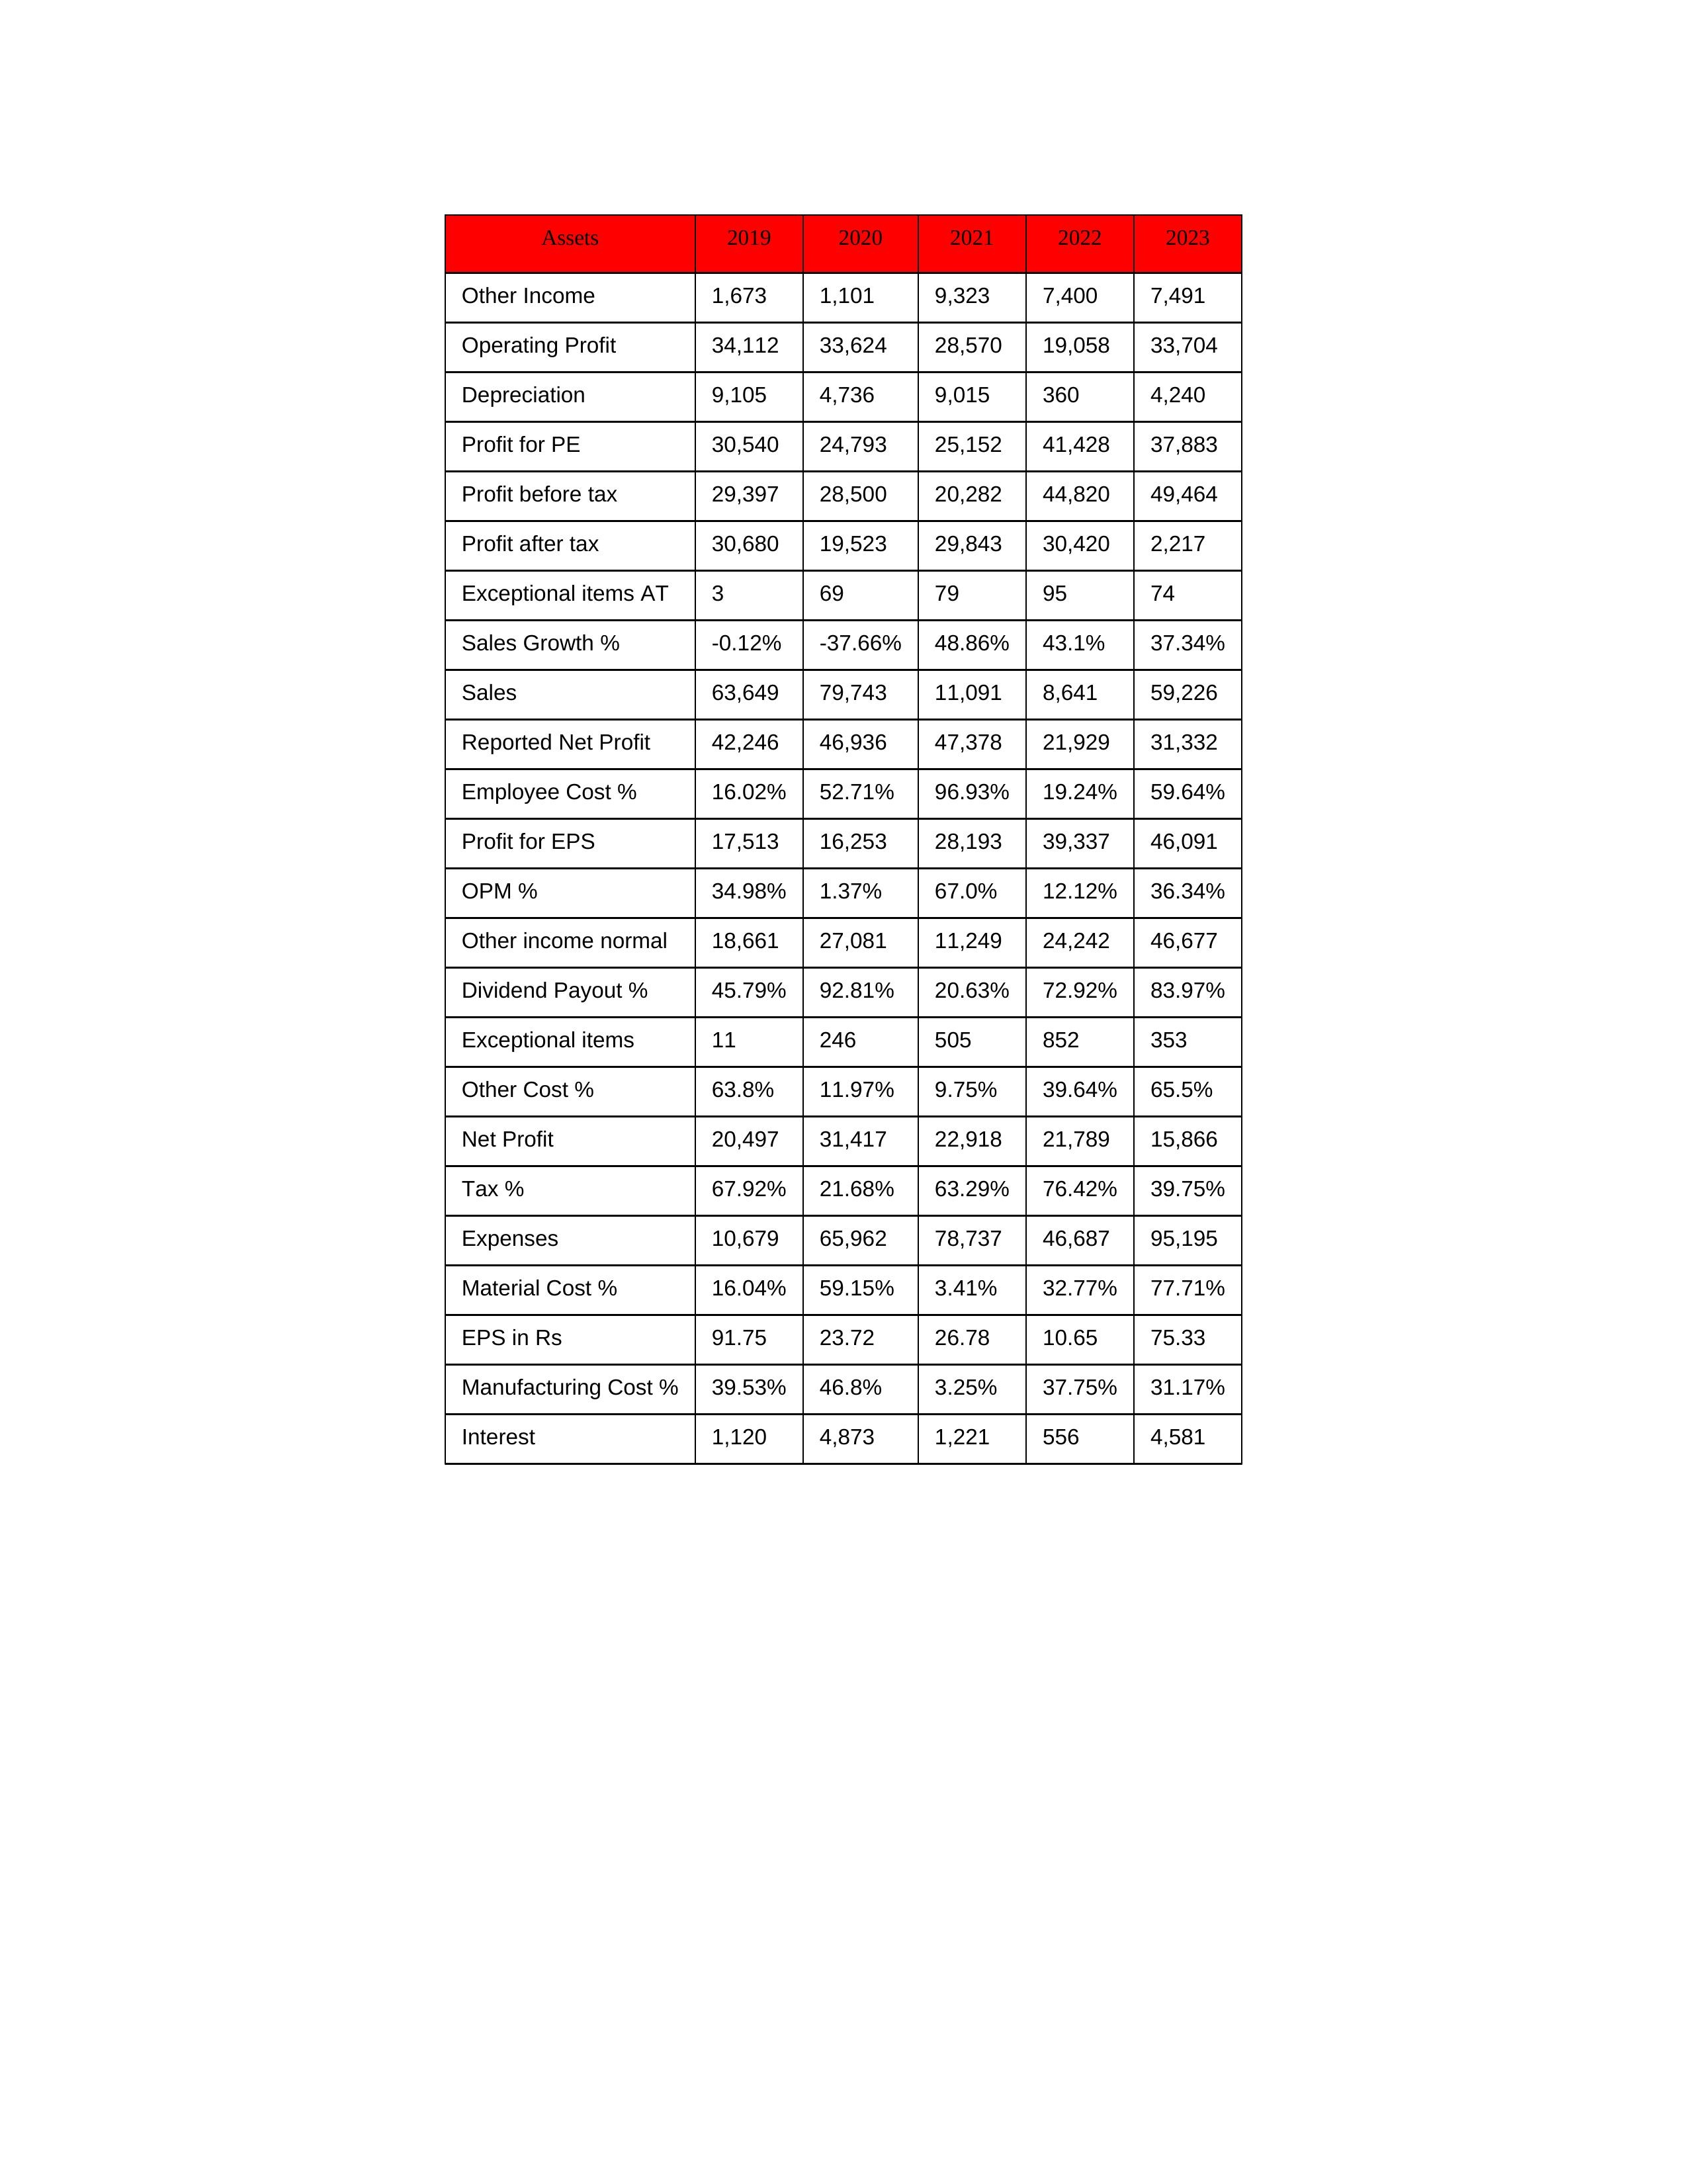
gt_parse: 2019: Sales: 63,649
Sales Growth %: -0.12%
Expenses: 10,679
Material Cost %: 16.04%
Manufacturing Cost %: 39.53%
Employee Cost %: 16.02%
Other Cost %: 63.8%
Operating Profit: 34,112
OPM %: 34.98%
Other Income: 1,673
Exceptional items: 11
Other income normal: 18,661
Interest: 1,120
Depreciation: 9,105
Profit before tax: 29,397
Tax %: 67.92%
Net Profit: 20,497
Profit after tax: 30,680
Reported Net Profit: 42,246
Profit for EPS: 17,513
Exceptional items AT: 3
Profit for PE: 30,540
EPS in Rs: 91.75
Dividend Payout %: 45.79%
2020: Sales: 79,743
Sales Growth %: -37.66%
Expenses: 65,962
Material Cost %: 59.15%
Manufacturing Cost %: 46.8%
Employee Cost %: 52.71%
Other Cost %: 11.97%
Operating Profit: 33,624
OPM %: 1.37%
Other Income: 1,101
Exceptional items: 246
Other income normal: 27,081
Interest: 4,873
Depreciation: 4,736
Profit before tax: 28,500
Tax %: 21.68%
Net Profit: 31,417
Profit after tax: 19,523
Reported Net Profit: 46,936
Profit for EPS: 16,253
Exceptional items AT: 69
Profit for PE: 24,793
EPS in Rs: 23.72
Dividend Payout %: 92.81%
2021: Sales: 11,091
Sales Growth %: 48.86%
Expenses: 78,737
Material Cost %: 3.41%
Manufacturing Cost %: 3.25%
Employee Cost %: 96.93%
Other Cost %: 9.75%
Operating Profit: 28,570
OPM %: 67.0%
Other Income: 9,323
Exceptional items: 505
Other income normal: 11,249
Interest: 1,221
Depreciation: 9,015
Profit before tax: 20,282
Tax %: 63.29%
Net Profit: 22,918
Profit after tax: 29,843
Reported Net Profit: 47,378
Profit for EPS: 28,193
Exceptional items AT: 79
Profit for PE: 25,152
EPS in Rs: 26.78
Dividend Payout %: 20.63%
2022: Sales: 8,641
Sales Growth %: 43.1%
Expenses: 46,687
Material Cost %: 32.77%
Manufacturing Cost %: 37.75%
Employee Cost %: 19.24%
Other Cost %: 39.64%
Operating Profit: 19,058
OPM %: 12.12%
Other Income: 7,400
Exceptional items: 852
Other income normal: 24,242
Interest: 556
Depreciation: 360
Profit before tax: 44,820
Tax %: 76.42%
Net Profit: 21,789
Profit after tax: 30,420
Reported Net Profit: 21,929
Profit for EPS: 39,337
Exceptional items AT: 95
Profit for PE: 41,428
EPS in Rs: 10.65
Dividend Payout %: 72.92%
2023: Sales: 59,226
Sales Growth %: 37.34%
Expenses: 95,195
Material Cost %: 77.71%
Manufacturing Cost %: 31.17%
Employee Cost %: 59.64%
Other Cost %: 65.5%
Operating Profit: 33,704
OPM %: 36.34%
Other Income: 7,491
Exceptional items: 353
Other income normal: 46,677
Interest: 4,581
Depreciation: 4,240
Profit before tax: 49,464
Tax %: 39.75%
Net Profit: 15,866
Profit after tax: 2,217
Reported Net Profit: 31,332
Profit for EPS: 46,091
Exceptional items AT: 74
Profit for PE: 37,883
EPS in Rs: 75.33
Dividend Payout %: 83.97%